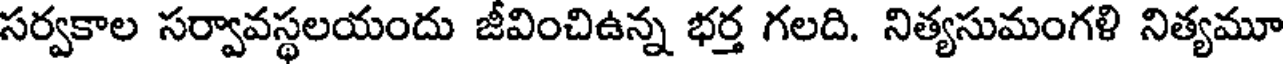
సర్వకాల సర్వావస్థలయందు జీవించిఉన్న భర్త గలది. నిత్యసుమంగళి నిత్యమూ